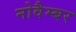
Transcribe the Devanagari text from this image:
नोवैम्बर